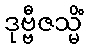
ဒုဗ္ဗီဇသ္မိံ